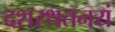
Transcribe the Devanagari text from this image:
दशरथतनयं